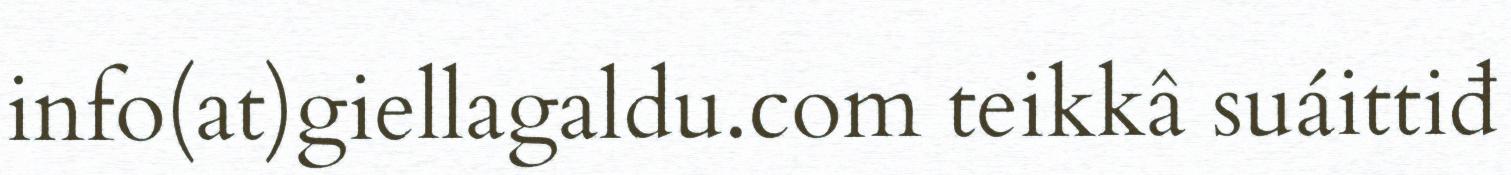
info(at)giellagaldu.com teikkâ suáittiđ